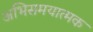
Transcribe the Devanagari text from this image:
अभिसमयात्मक